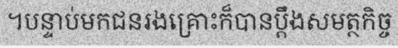
។បន្ទាប់មកជនរងគ្រោះក៏បានប្តឹងសមត្ថកិច្ច